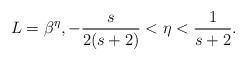
LaTeX: \begin{align*}L = \beta ^{\eta}, - \frac{s}{2(s + 2 )} < \eta < \frac{1}{s+2}.\end{align*}